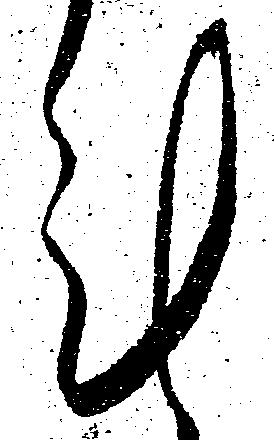
計